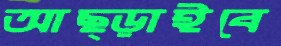
আছ্‌ড়াইবে